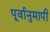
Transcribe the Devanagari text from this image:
पूर्वानुमापी